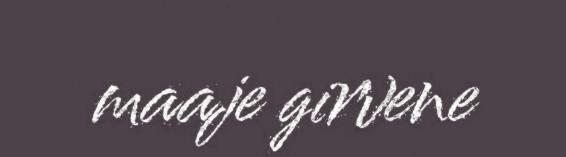
maaje girvene